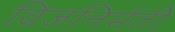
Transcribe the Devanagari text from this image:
विजनिर्मती